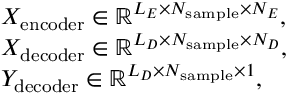
\begin{array} { r l } & { X _ { \mathrm { e n c o d e r } } \in \mathbb R ^ { L _ { E } \times N _ { \mathrm { s a m p l e } } \times N _ { E } } , } \\ & { X _ { \mathrm { d e c o d e r } } \in \mathbb R ^ { L _ { D } \times N _ { \mathrm { s a m p l e } } \times N _ { D } } , } \\ & { Y _ { \mathrm { d e c o d e r } } \in \mathbb R ^ { L _ { D } \times N _ { \mathrm { s a m p l e } } \times 1 } , } \end{array}